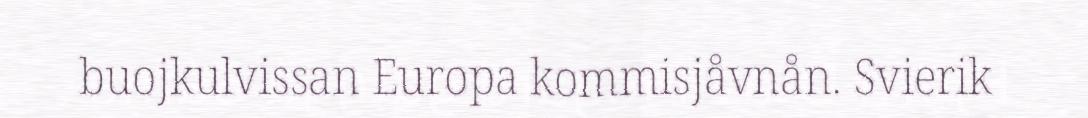
buojkulvissan Europa kommisjåvnån. Svierik